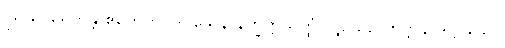
ဩသာရေတုန္တိ ဧကေကပဒဝသေန နိက္ခိတ္တသတ္ထံ ပဋိဂ္ဂဟေတဗ္ဗာနိ ဒိဋ္ဌဝိသော